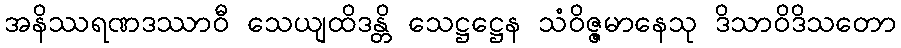
အနိဿရဏဒဿာဝီ သေယျထိဒန္တိ သေဋ္ဌဋ္ဌေန သံဝိဇ္ဇမာနေသု ဒိသာဝိဒိသတော